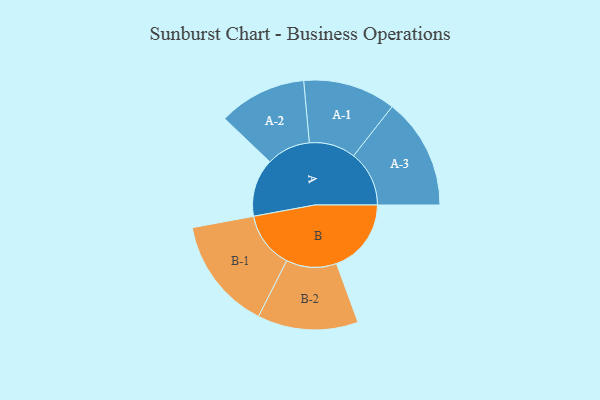
{"axis": {"x": "Segment", "y": "Value"}, "legend": ["", "A", "B"], "data": [{"x": "A", "y": 290, "type": ""}, {"x": "B", "y": 374, "type": ""}, {"x": "A-1", "y": 232, "type": "A"}, {"x": "A-2", "y": 220, "type": "A"}, {"x": "A-3", "y": 278, "type": "A"}, {"x": "B-1", "y": 282, "type": "B"}, {"x": "B-2", "y": 252, "type": "B"}]}